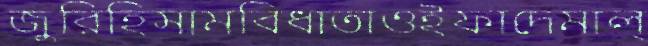
জুরিহিসামবিধাতাওইফাদেমাল্